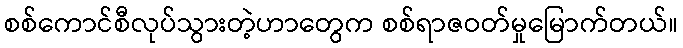
စစ်ကောင်စီလုပ်သွားတဲ့ဟာတွေက စစ်ရာဇဝတ်မှုမြောက်တယ်။